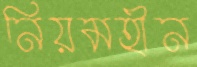
নিয়মহীন